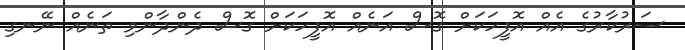
ސަރުކާރުގެ އެއް އޮފީހަކަށް ގޮސް އަނެއް އޮފީހަކަށް ގޮސް ދެންދާންވި ތަނެއް ނޭނގި